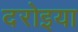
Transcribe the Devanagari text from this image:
दरोइया